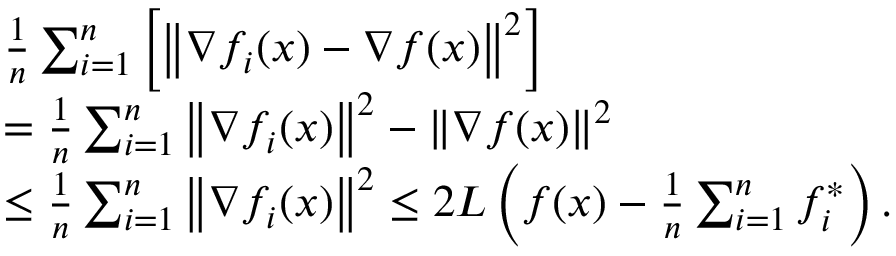
\begin{array} { r l } & { \frac { 1 } { n } \sum _ { i = 1 } ^ { n } \left[ \left\Vert \nabla f _ { i } ( x ) - \nabla f ( x ) \right\Vert ^ { 2 } \right] } \\ & { = \frac { 1 } { n } \sum _ { i = 1 } ^ { n } \left\Vert \nabla f _ { i } ( x ) \right\Vert ^ { 2 } - \left\Vert \nabla f ( x ) \right\Vert ^ { 2 } } \\ & { \leq \frac { 1 } { n } \sum _ { i = 1 } ^ { n } \left\Vert \nabla f _ { i } ( x ) \right\Vert ^ { 2 } \leq 2 L \left( f ( x ) - \frac { 1 } { n } \sum _ { i = 1 } ^ { n } f _ { i } ^ { * } \right) . } \end{array}